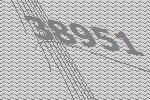
38951